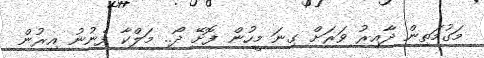
މަގުމަތިން ދާއިރު ވަރަށް ގިނަ މީހުން ފޮށޭ ދޯ.. މަލްކާ ފެނުނު އިރުން